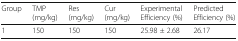
<table><thead><tr><td><b>Group</b></td><td><b>TMP (mg/kg)</b></td><td><b>Res (mg/kg)</b></td><td><b>Cur (mg/kg)</b></td><td><b>Experimental Efficiency (%)</b></td><td><b>Predicted Efficiency (%)</b></td></tr></thead><tbody><tr><td>1</td><td>150</td><td>150</td><td>150</td><td>25.98 ± 2.68</td><td>26.17</td></tr></tbody></table>